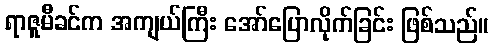
ရာဇူမီခင်က အကျယ်ကြီး အော်ပြောလိုက်ခြင်း ဖြစ်သည်။